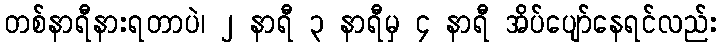
တစ်နာရီနားရတာပဲ၊ ၂ နာရီ ၃ နာရီမှ ၄ နာရီ အိပ်ပျော်နေရင်လည်း